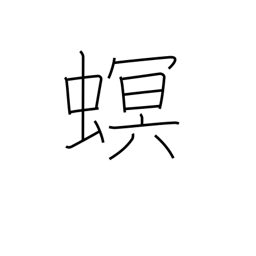
Meaning: injurious parasite